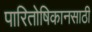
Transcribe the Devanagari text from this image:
पारितोषिकानसाठी